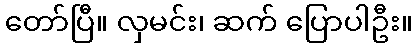
တော်ပြီ။ လှမင်း၊ ဆက် ပြောပါဦး။